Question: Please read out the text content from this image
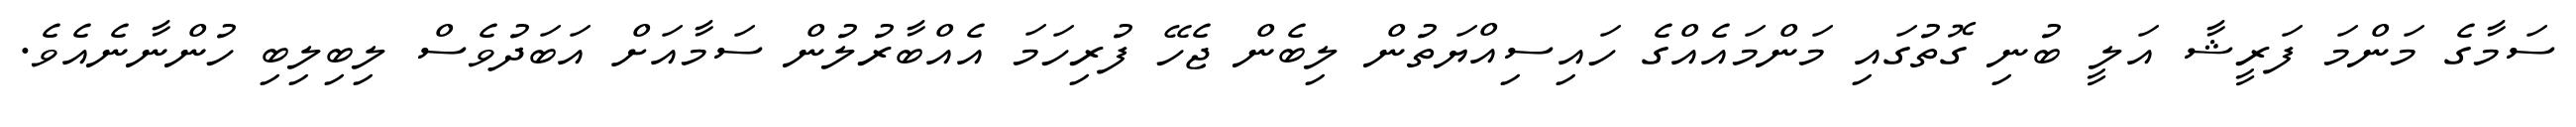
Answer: ސަމާގެ މަންމަ ފަރީޝާ އަލީ ބުނި ގޮތުގައި މަންމައެއްގެ ހައިސިއްޔަތުން ލިބެން ޖެހޭ ފުރިހަމަ އެއްބާރުލުން ސަމާއަށް އަބަދުވެސް ލިބިލިބި ހުންނާނެއެވެ.